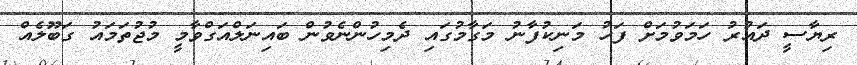
ރިޔާސީ ދައުރު ހަމަވުމަށް ފަހު މަނިކުފާނު މަގާމުގައި ދެމިހުންނެވުން ބައިނަލްއަގްވާމީ މުޖުތަމައު ގަބޫލެއް